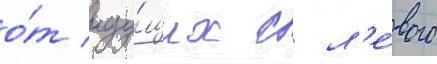
о́т иду́щих с л'е́вого